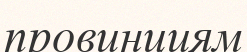
провинциям